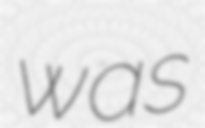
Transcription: was